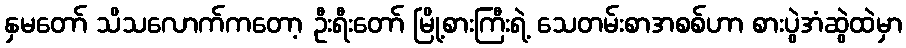
နှမတော် သိသလောက်ကတော့ ဦးရီးတော် မြို့စားကြီးရဲ့ သေတမ်းစာအစစ်ဟာ စားပွဲအံဆွဲထဲမှာ